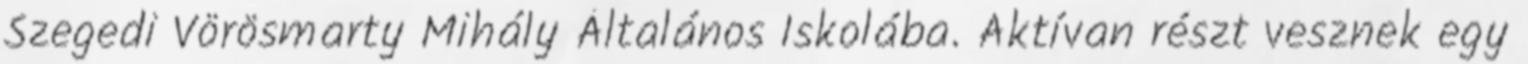
Szegedi Vörösmarty Mihály Általános Iskolába. Aktívan részt vesznek egy